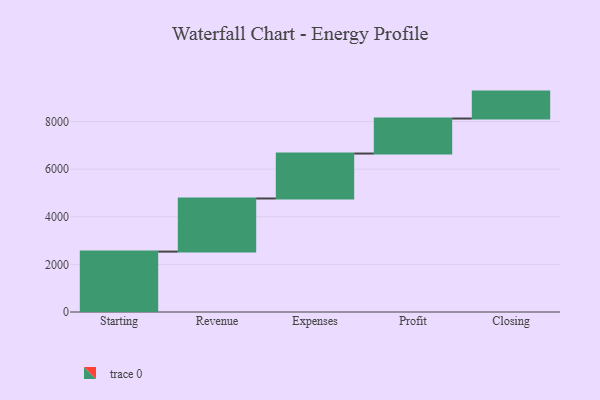
{"axis": {"x": "Step", "y": "Value"}, "legend": [""], "data": [{"x": "Starting", "y": 2537.0, "type": ""}, {"x": "Revenue", "y": 2231.0, "type": ""}, {"x": "Expenses", "y": 1888.0, "type": ""}, {"x": "Profit", "y": 1471.0, "type": ""}, {"x": "Closing", "y": 1131.0, "type": ""}]}